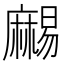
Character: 𪎥